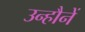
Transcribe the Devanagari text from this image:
उन्हौनें